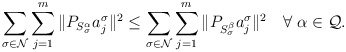
\begin{align*} \sum_{\sigma\in\mathcal{N}} \sum_{j=1}^{m}\|P_{S_{\sigma}^{\alpha}} a_j^{\sigma}\|^2 \leq \sum_{\sigma\in\mathcal{N}} \sum_{j=1}^{m}\|P_{S_{\sigma}^{\beta}} a_j^{\sigma}\|^2 \quad\forall \; \alpha \in \mathcal{Q}.\end{align*}